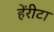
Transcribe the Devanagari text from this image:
हेंरीटा